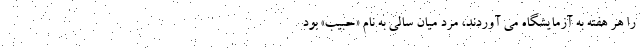
را هر هفته به آزمایشگاه می آوردند، مرد میان سالی به نام «حبیب» بود